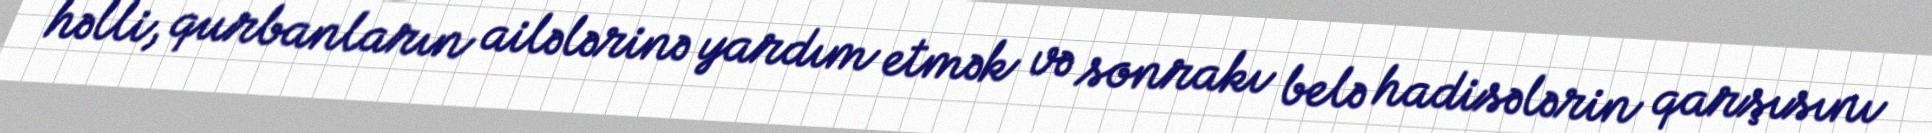
həlli, qurbanların ailələrinə yardım etmək və sonrakı belə hadisələrin qarşısını